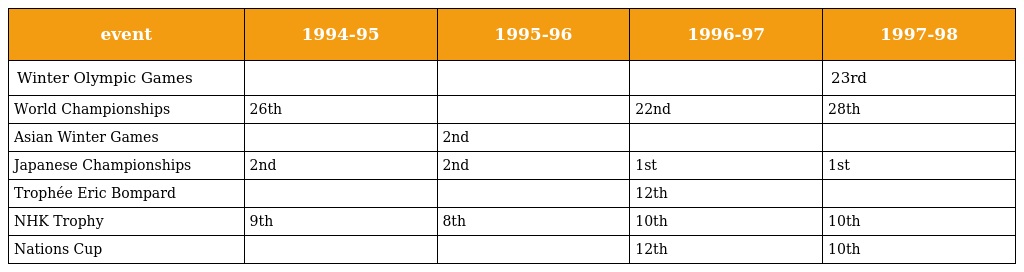
| event | 1994-95 | 1995-96 | 1996-97 | 1997-98 |
 | --- | --- | --- | --- | --- |
 | Winter Olympic Games |  |  |  | 23rd |
 | World Championships | 26th |  | 22nd | 28th |
 | Asian Winter Games |  | 2nd |  |  |
 | Japanese Championships | 2nd | 2nd | 1st | 1st |
 | Trophée Eric Bompard |  |  | 12th |  |
 | NHK Trophy | 9th | 8th | 10th | 10th |
 | Nations Cup |  |  | 12th | 10th |